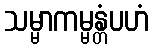
သမ္မာကမ္မန္တံပဟံ